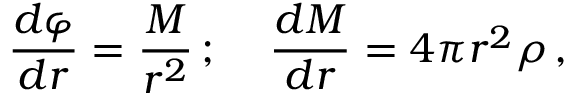
\frac { d \varphi } { d r } = \frac { { \cal M } } { r ^ { 2 } } \, ; \; \; \; \; \frac { d { \cal { M } } } { d r } = 4 \pi r ^ { 2 } \rho \, ,